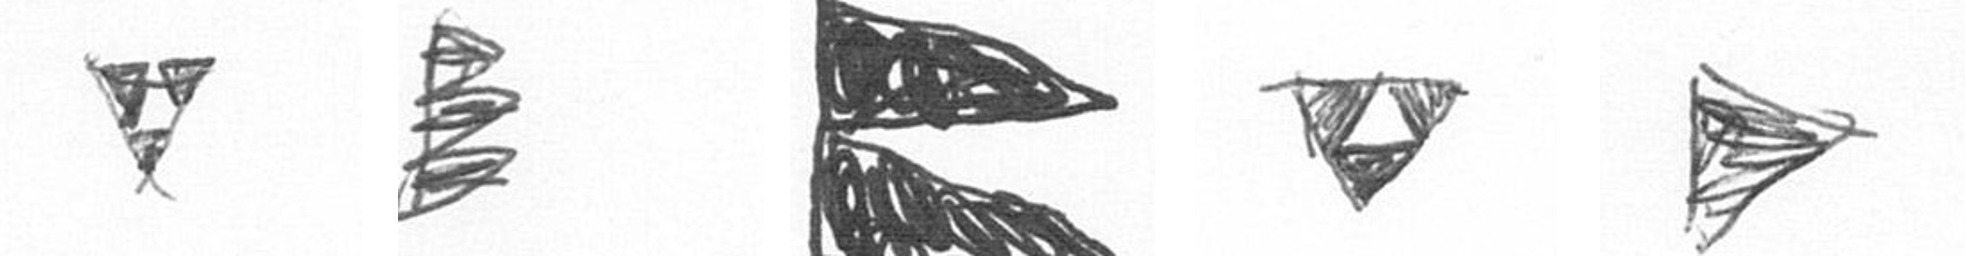
S H P S T